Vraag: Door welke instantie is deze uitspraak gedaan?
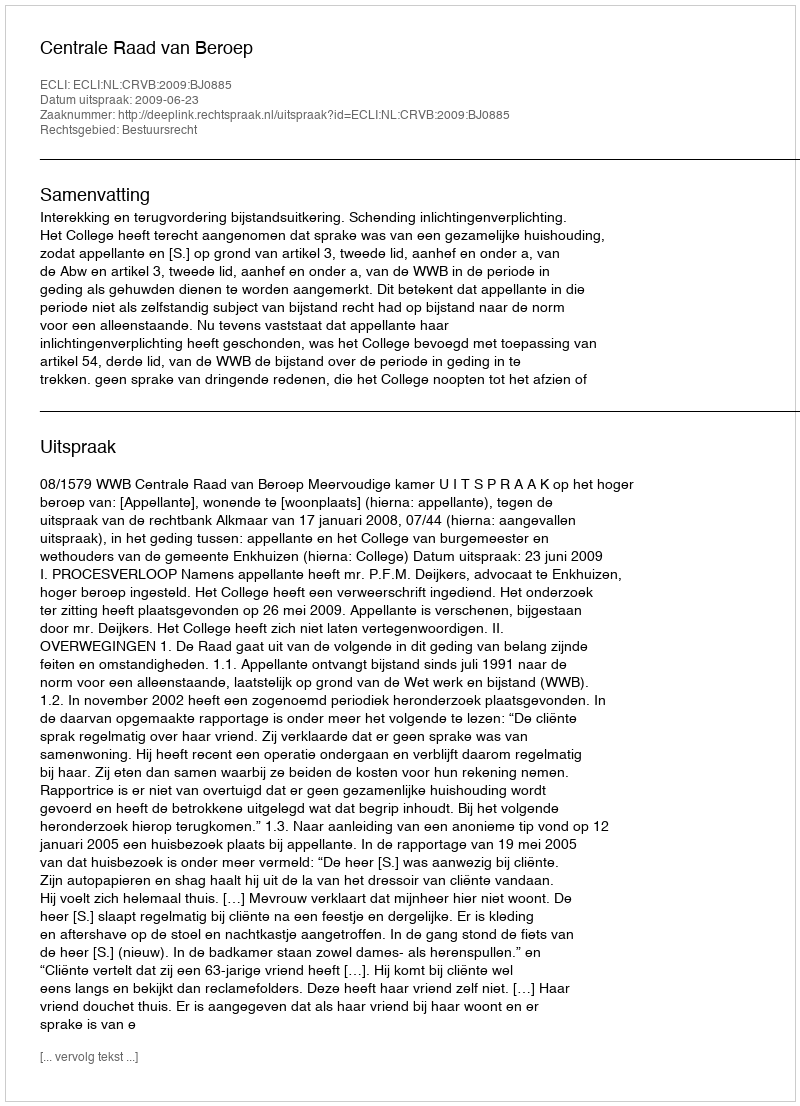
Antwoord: Centrale Raad van Beroep